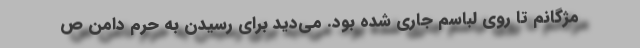
مژگانم تا روی لباسم جاری شده بود. می‌دید برای رسیدن به حرم دامن ص